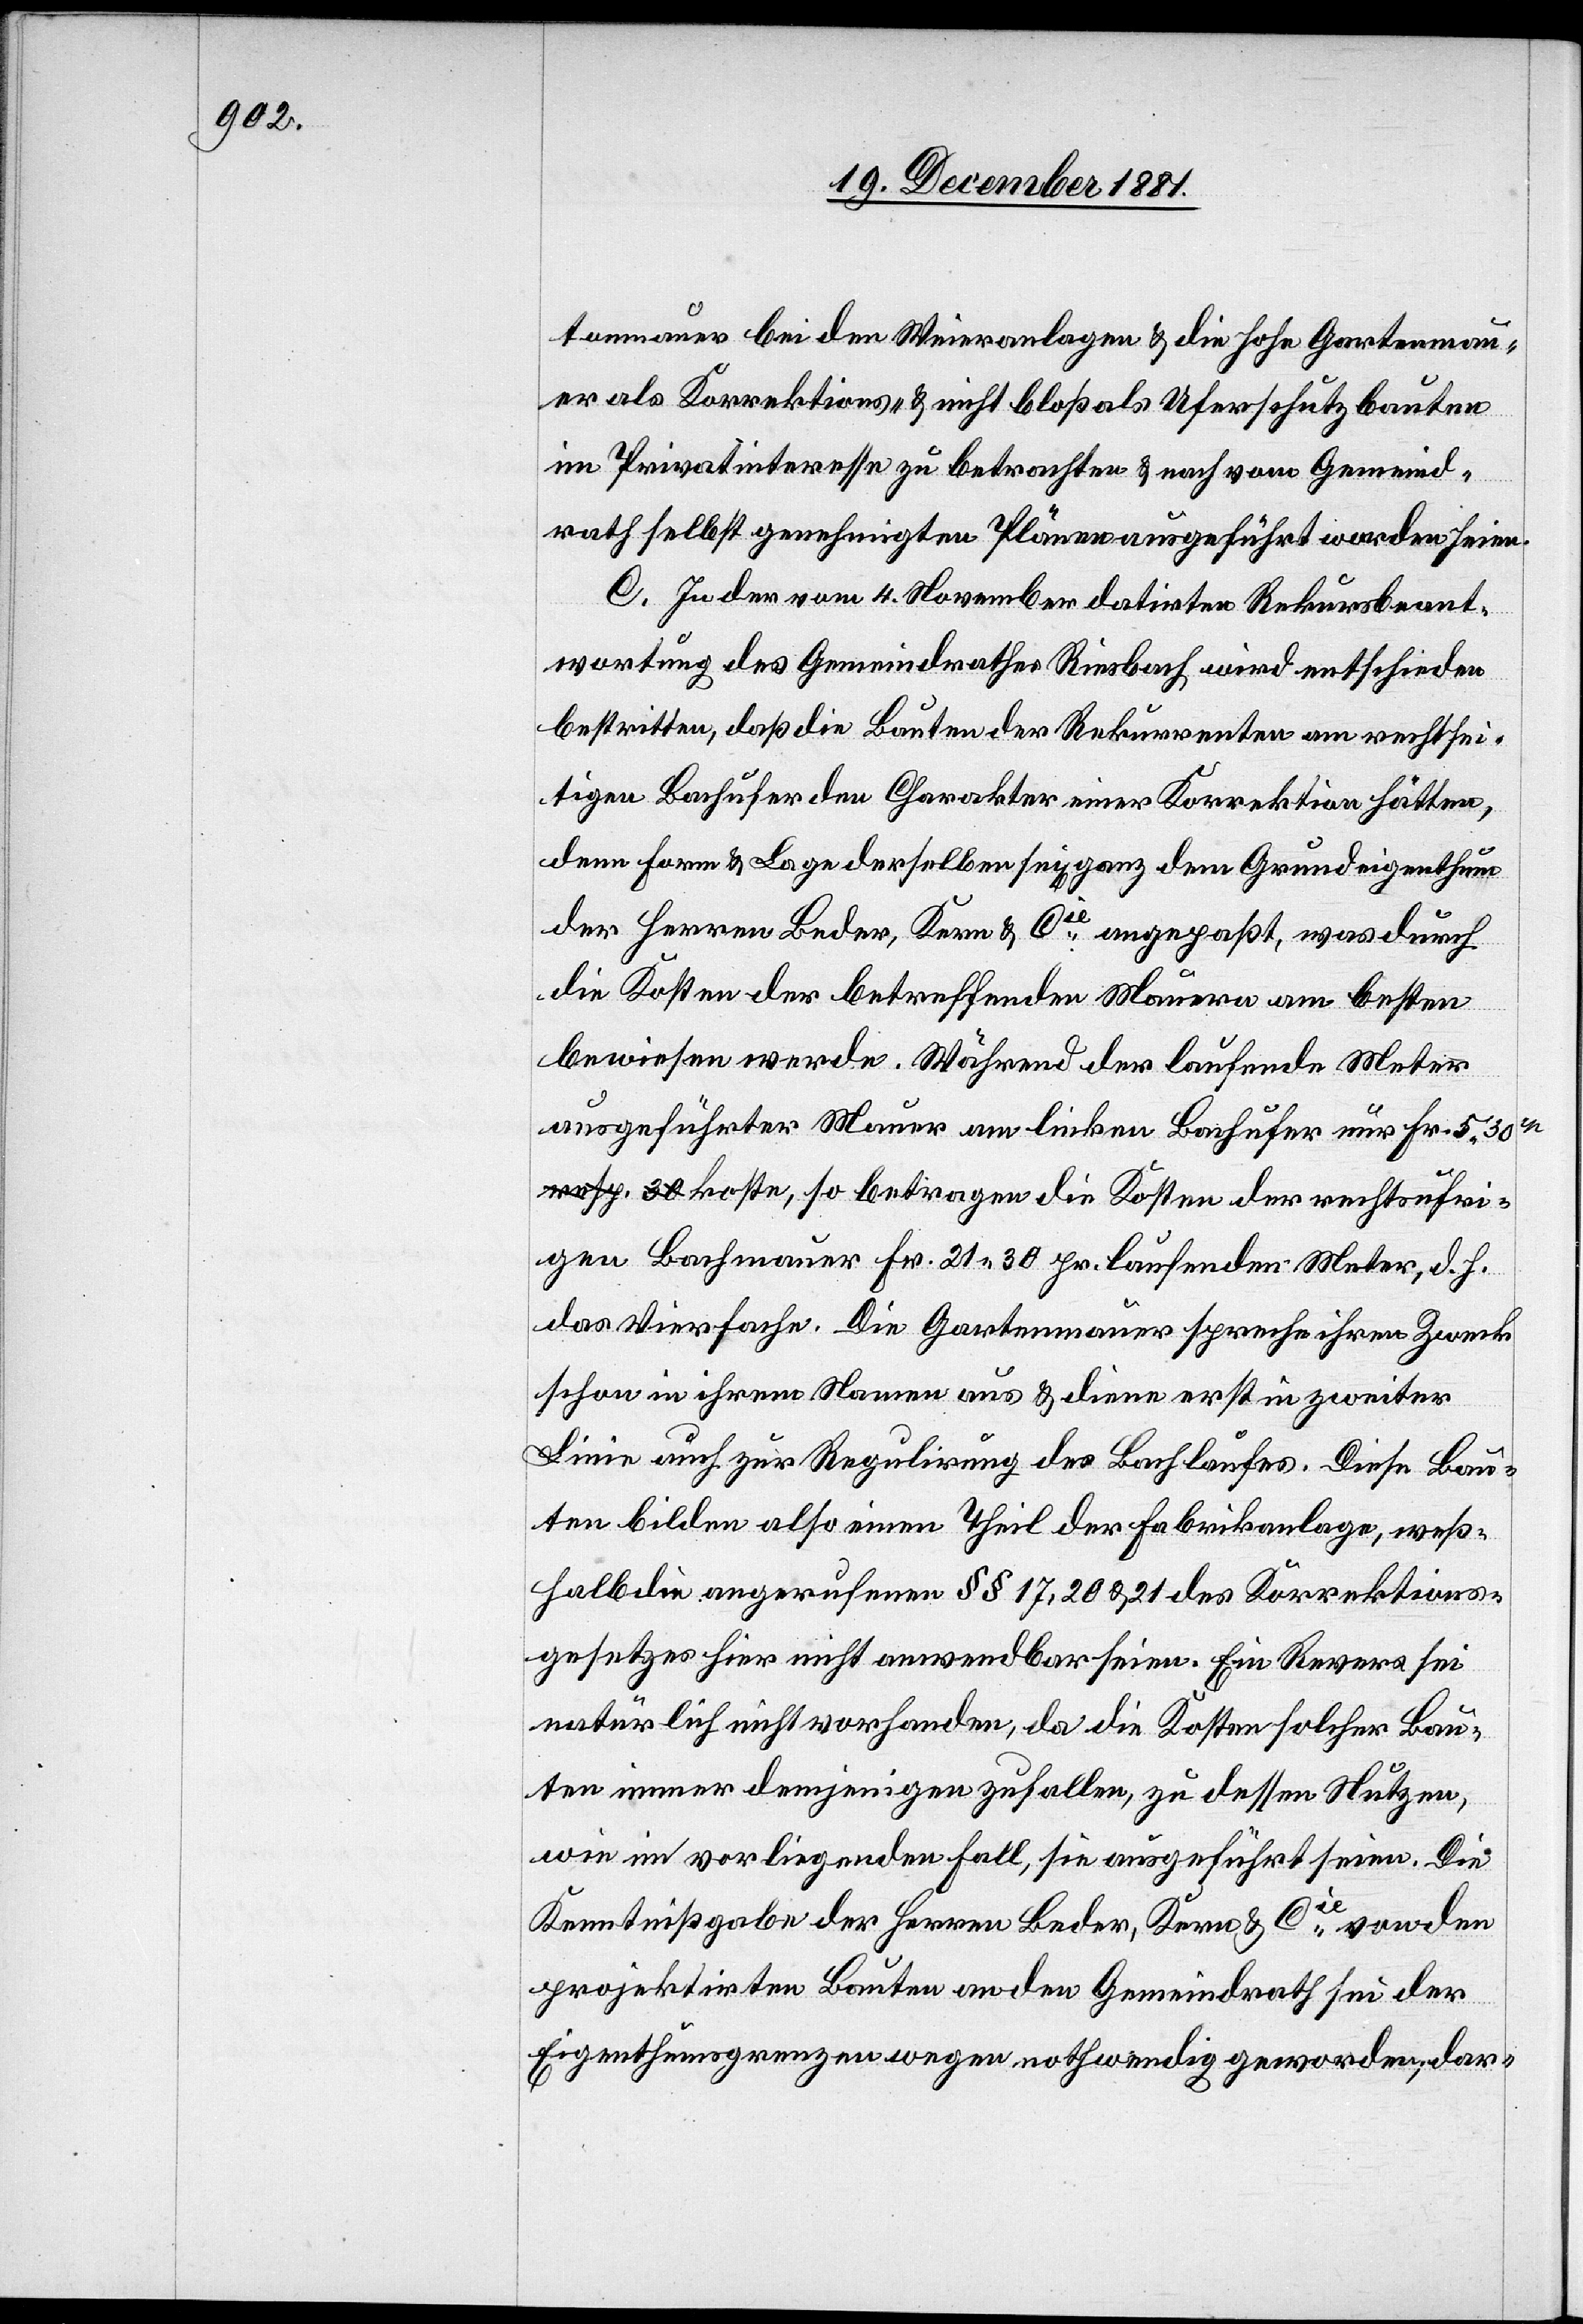
tonmauer bei den Weieranlagen & die hohe Gartenmau¬
er als Korrektions- & nicht bloß als Uferschutzbauten
im Privatinteresse zu betrachten & nach vom Gemeind¬
rath selbst genehmigten Plänen ausgeführt worden seien.
C. In der vom 4. November datirten Rekursbeant¬
wortung des Gemeindrathes Riesbach wird entschieden
bestritten, daß die Bauten der Rekurrenten am rechtsei¬
tigen Bachufer den Charakter einer Korrektion hätten,
denn Form & Lage derselben sei[en] ganz dem Grundeigenthum
der Herren Beder, Kern & Cie angepaßt, was durch
die Kosten der betreffenden Mauern am besten
bewiesen werde. Während der laufende Meter
ausgeführter Mauer am linken Bachufer nur Fr. 5 30r¬
p koste, so betragen die Kosten der rechtsufri¬
gen Bachmauer Fr. 21 30 pr. laufenden Meter, d. h.
das Vierfache. Die Gartenmauer spreche ihren Zweck
schon in ihrem Namen aus & diene erst in zweiter
Linie auch zur Regulirung des Bachlaufes. Diese Bau¬
ten bilden also einen Theil der Fabrikanlage, weß¬
halb die angerufenen §§ 17, 20 & 21 des Korrektions¬
gesetzes hier nicht anwendbar seien. Ein Revers sei
natürlich nicht vorhanden, da die Kosten solcher Bau¬
ten immer demjenigen zufallen, zu dessen Nutzen,
wie im vorliegenden Fall, sie ausgeführt seien. Die
Kenntnißgabe der Herren Beder, Kern & Cie von den
projektirten Bauten an den Gemeindrath sei der
Eigenthumsgrenzen wegen nothwendig geworden; dar-